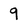
Character: 9